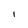
Character: 1